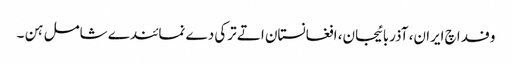
وفد اچ ایران، آذربائیجان، افغانستان اتے ترکی دے نمائندے شامل ہن ۔